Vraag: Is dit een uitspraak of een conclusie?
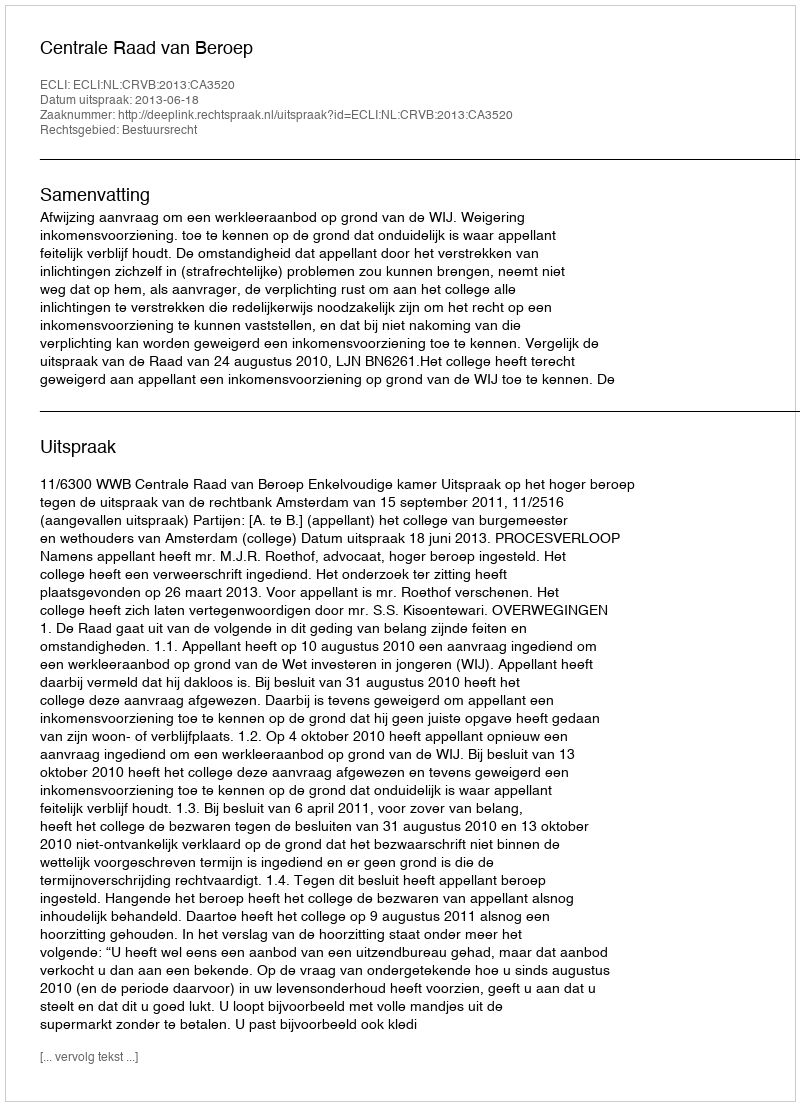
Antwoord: Uitspraak